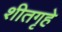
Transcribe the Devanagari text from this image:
शीतगृहे